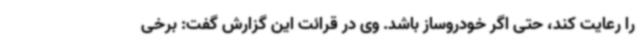
را رعایت کند، حتی اگر خودروساز باشد. وی در قرائت این گزارش گفت: برخی